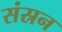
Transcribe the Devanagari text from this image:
संस्रन